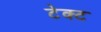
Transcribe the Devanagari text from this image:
टेक्ट